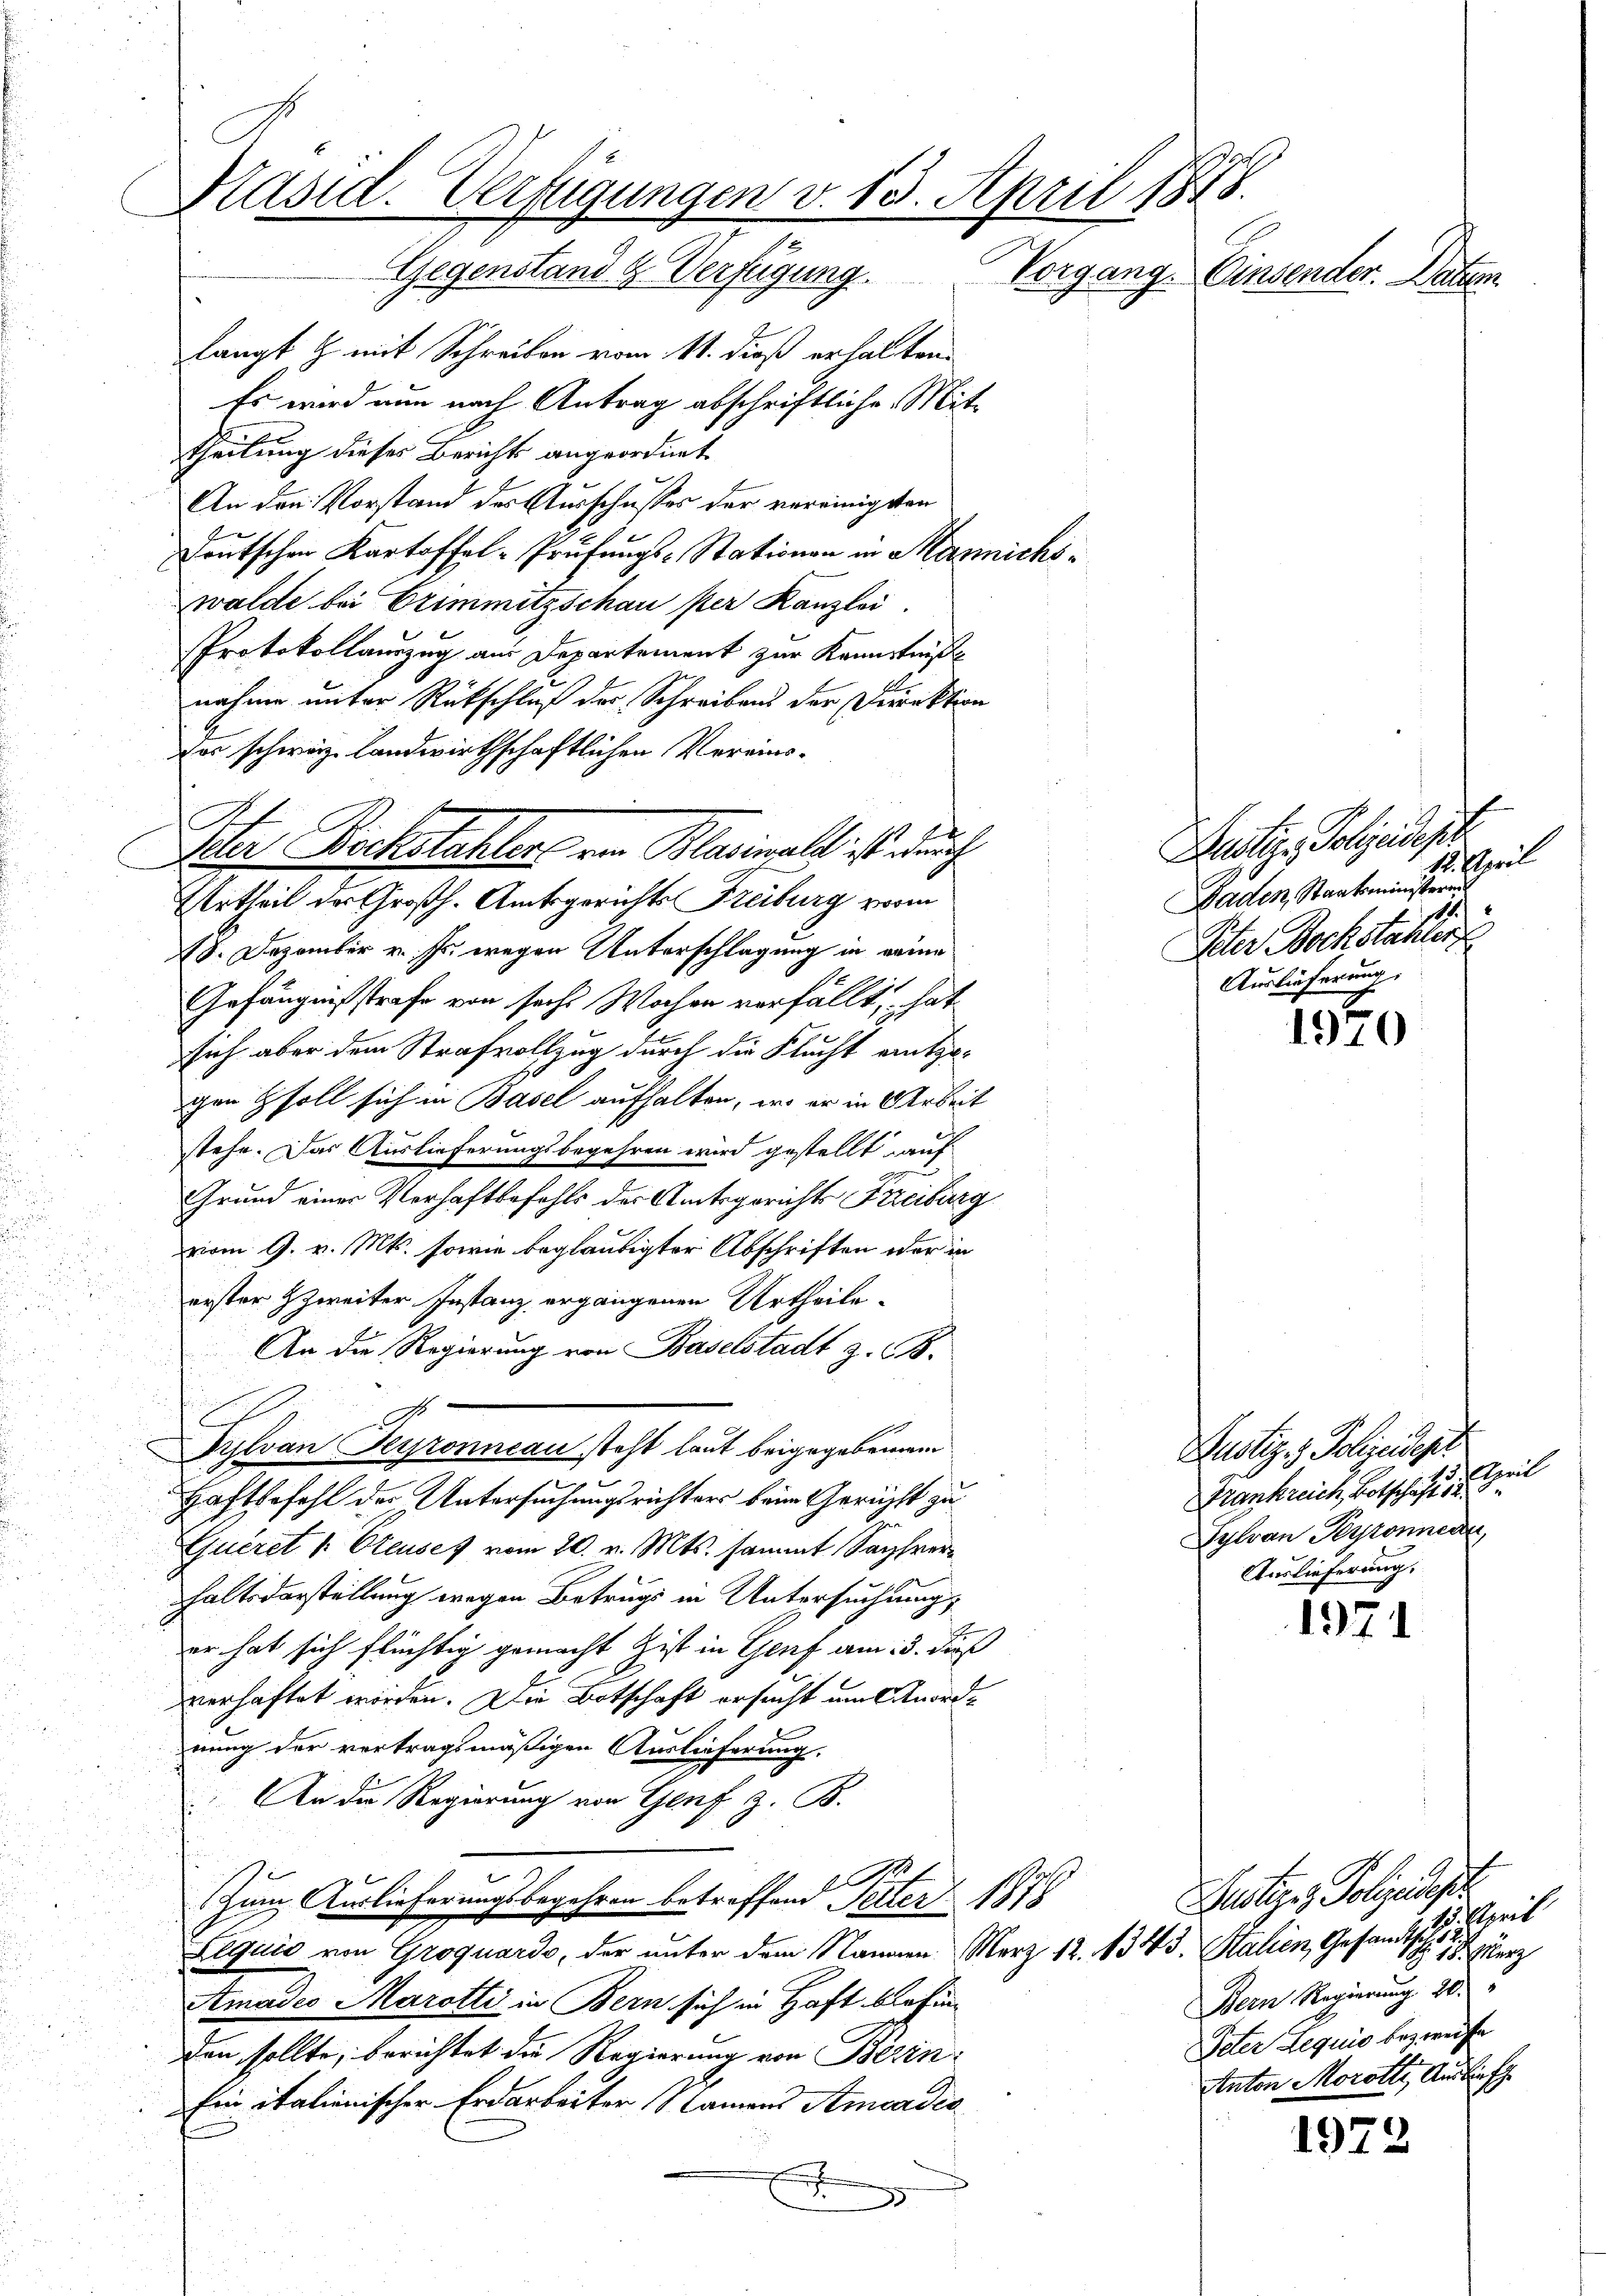
Päsid. Verfügungen v. 13. April 1848.
Gegenstand & Verfügung.
Vorgang. Einsender. Datum

langt & mit Schreiben vom 11. dieß erhalten.
Es wird nun nach Antrag abschriftliche Mittheilung dieser Berichts angeordnet
An den Vorstand des Ausschusses der vereinigten
Deutschen Kartoffel-Prüfungs-Stationen in Hannichswalde bei Erimmitzschauser Kanzlei
Protokollauszug am Departement zur Kenntniße
nahme unter Rückschluß der Schreibens der Direktion
zo schwaz landwirthschaftlichen Vereins¬
Iter Bocksteller von Planimalt ist durch
Urtheil der Großh. Amtsgerichts Freiburg vorm
18. Dezember v. Js. wegen Unterschlagung in eine
Gefängnisstrafe von sechs Wochen verfällt, hat
sich aber dem Strafvollzug durch die Flucht entgegen soll sich in Basel aufhalten, wo er in Arbeit
stehe. Das Auslieferungsbegehren wird gestellt auf
Grund einer Verhaftbefehls der Amtsgerichts Freiburg
vom 9. v. Mts. sowie beglaubigter Abschriften oder in
erster Zweiter Instanz ergangenen Urtheile¬
An die Regierung von Baselstadt z. B.
D
Tylvan Seyronncau steht laut beigegebenen
5
Haftbefohl der Untersuchungsrichters beim Gericht zu
Queret v. Eteuses vom 20. v. Mts. sammt Sachverhaltsdarstellung wegen Betrugs in Untersuchungs
er hat sich flüchtig gemacht Zist in Genf am 15. Fuß
verhaftet worden. Die Botschaft ersucht um Anordnung der vertragsmäßigen Auslieferung.
 An die Regierung von Genf z. B.
.
Zum Auslieferungsbegehren betreffend Selter 1875
Lequis von Groquardo, der unter dem Namen Merz 12. 1343. Stalien, Gesandtsch
Amades Marotti in Bern sich in Haft befin
den sollte, berichtet die Regierung von Berin
Ein italienischer Erdarbeiter Namens Amadec

Reutige Polizeideser
12. April
Baden, Staatsministeren
Peter Bockstähler
Auslieferung.

1970

1971

1972

Rustiz & Polizeidept:
Frankreich, Botschaft der teil
Sylvan Perronnen,
Auslieferung.

Justiz & Polizeides
Elzeit
 18. März
Bern Regierung 20.
Peter Lequis bezweife
Anton Morott, Auslief